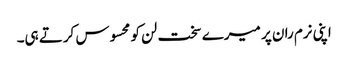
اپنی نرم ران پر میرے سخت لن کو محسوس کرتے ہی۔